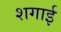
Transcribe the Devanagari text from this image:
शगाई